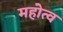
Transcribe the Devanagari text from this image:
महोत्व